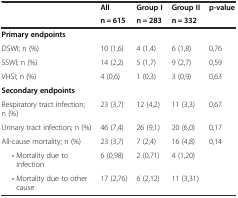
| <ROWSPAN=2>  | All | Group I | Group II | <ROWSPAN=2> p-value |
 | n = 615 | n = 283 | n = 332 |
 | --- | --- | --- | --- | --- |
 | Primary endpoints |  |  |  |  |
 | DSWI; n (%) | 10 (1,6) | 4 (1,4) | 6 (1,8) | 0,76 |
 | SSWI; n (%) | 14 (2,2) | 5 (1,7) | 9 (2,7) | 0,59 |
 | VHSI; n (%) | 4 (0,6) | 1 (0,3) | 3 (0,9) | 0,63 |
 | Secondary endpoints |  |  |  |  |
 | Respiratory tract infection; n (%) | 23 (3,7) | 12 (4,2) | 11 (3,3) | 0,67 |
 | Urinary tract infection; n (%) | 46 (7,4) | 26 (9,1) | 20 (6,0) | 0,17 |
 | All-cause mortality; n (%) | 23 (3,7) | 7 (2,4) | 16 (4,8) | 0,14 |
 | • Mortality due to infection | 6 (0,98) | 2 (0,71) | 4 (1,20) |  |
 | • Mortality due to other cause | 17 (2,76) | 6 (2,12) | 11 (3,31) |  |